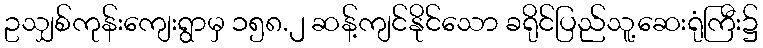
ဥသျှစ်ကုန်းကျေးရွာမှ ၁၅၈.၂ ဆန့်ကျင်နိုင်သော ခရိုင်ပြည်သူ့ဆေးရုံကြီး၌